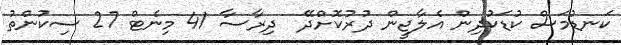
ކަނޑުމަސް ކުޑަކުދިން އެލާޖީން ދުރުކޮށްދޭ  ދިރާސާ 41 މިނެޓް 27 ސިކުންތު